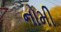
નોમી